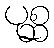
ပုစ္ဆ